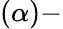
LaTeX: \left(\alpha\right)-